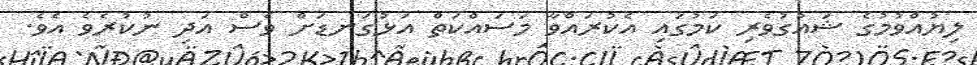
ލިޔުއްވުމުގެ ޝައުގުވެރި ކަމުގައި އެކުރައްވާ މަަސައްކަތް އަޅުގަނޑަށް ވެސް އަދި ނުކުރެވެ އެވެ.